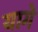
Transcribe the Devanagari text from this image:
यागे